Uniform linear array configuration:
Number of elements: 24
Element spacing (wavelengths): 1
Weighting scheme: cosine
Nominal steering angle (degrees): -30
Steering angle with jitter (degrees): -28.181
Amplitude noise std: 0.05
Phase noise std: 0.05

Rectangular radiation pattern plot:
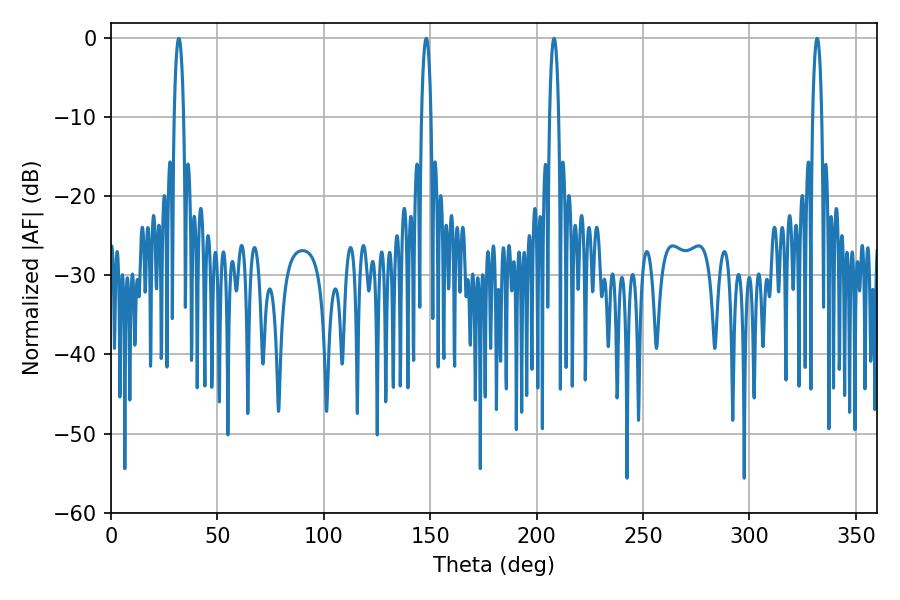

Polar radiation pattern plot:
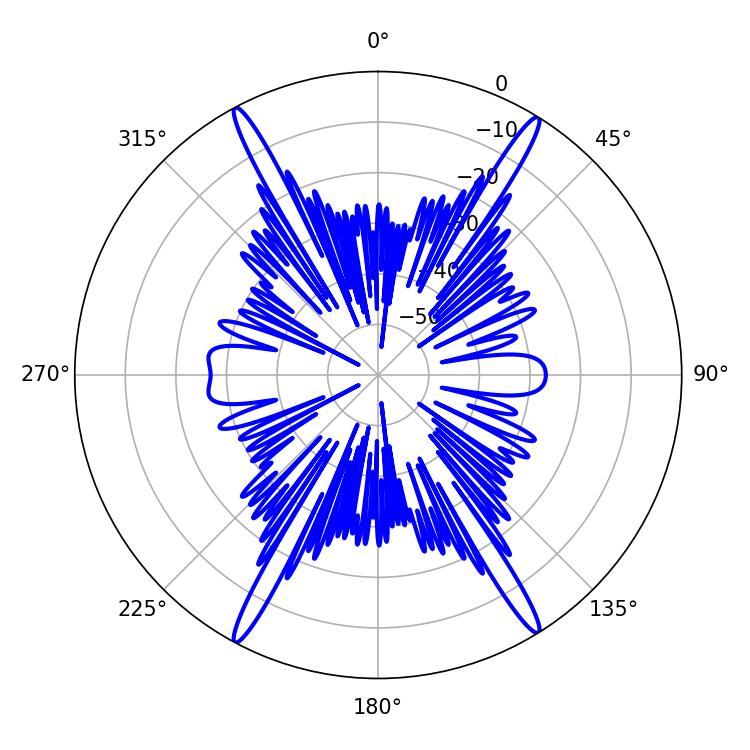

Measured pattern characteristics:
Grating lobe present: TRUE
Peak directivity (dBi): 24.748
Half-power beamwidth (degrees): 2.52
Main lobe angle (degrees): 31.86